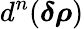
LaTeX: d^{n}(\boldsymbol{\delta\rho})